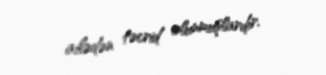
ailədən təcrid olunmuşlardır.